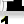
Digit: 1